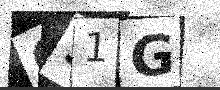
Text: 691G